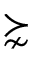
\succnsim